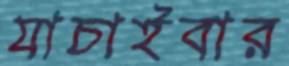
যাচাইবার